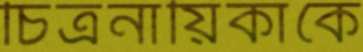
চিত্রনায়িকাকে